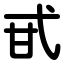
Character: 甙